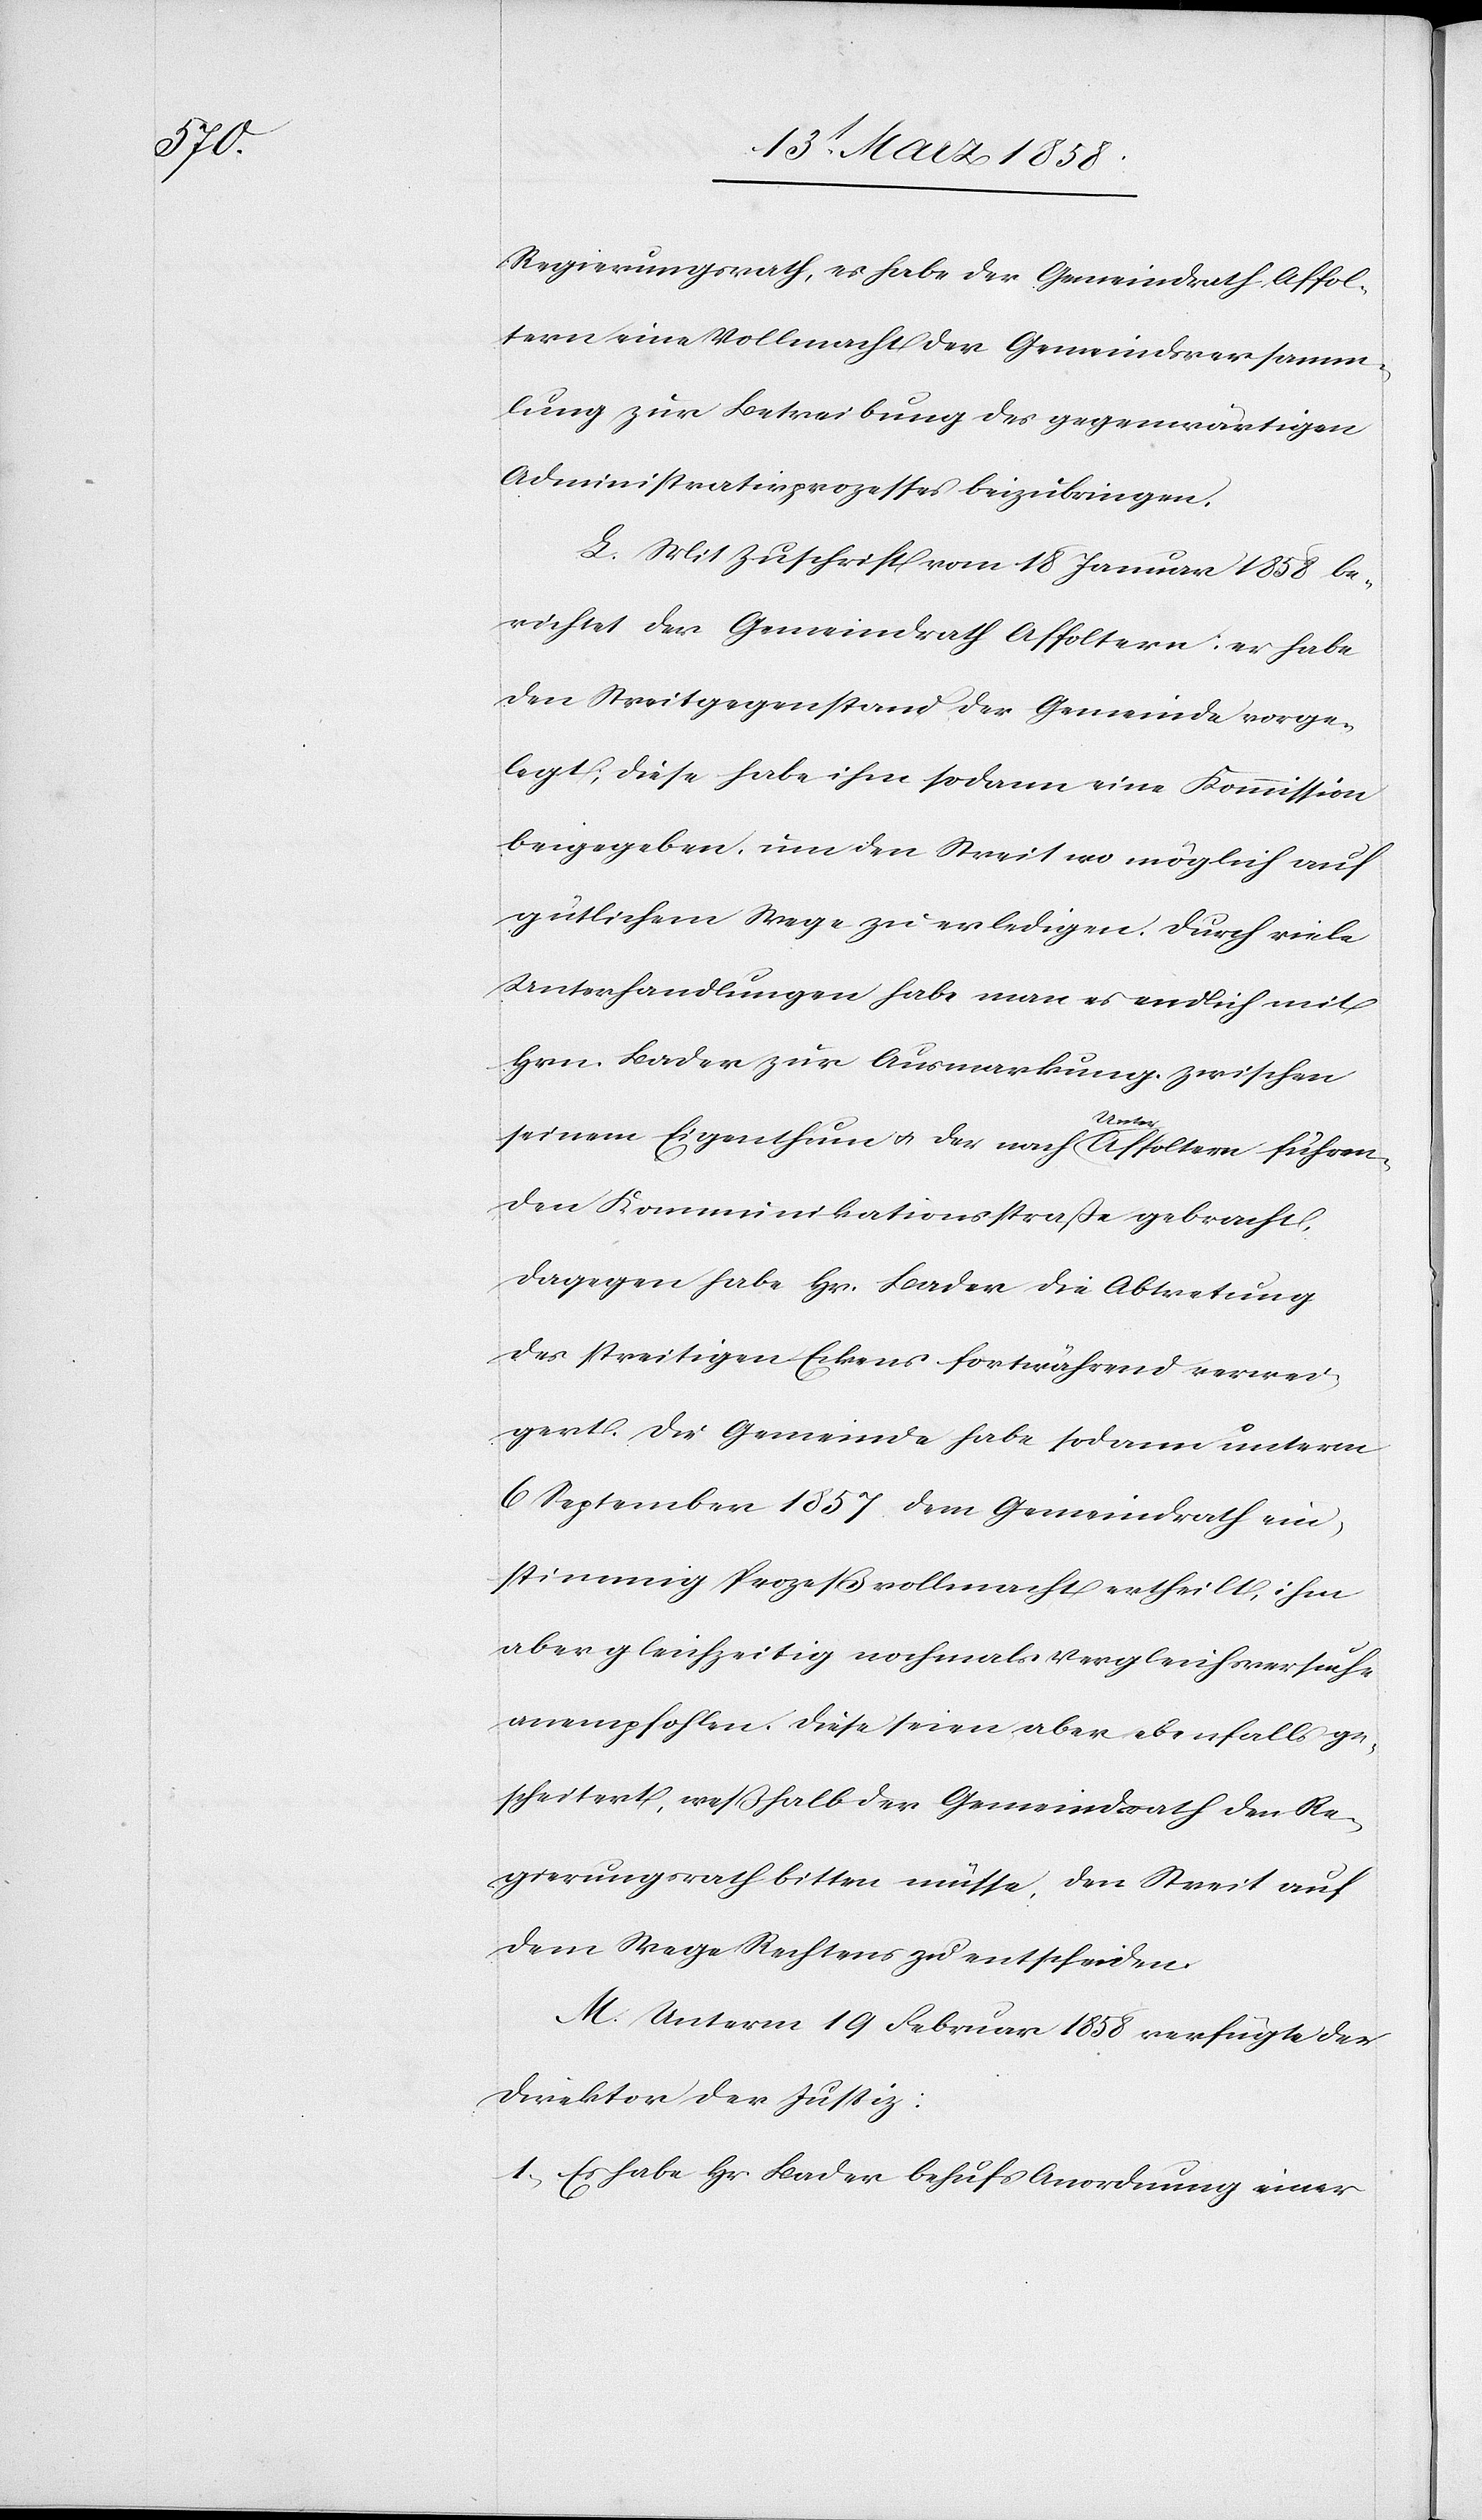
Regierungsrath, es habe der Gemeindrath Affol¬
tern eine Vollmacht der Gemeindsversamm¬
lung zur Betreibung des gegenwärtigen
Administrativprozesses beizubringen.
L. Mit Zuschrift vom 18. Januar 1858 be¬
richtet der Gemeindrath Affoltern: er habe
den Streitgegenstand der Gemeinde vorge¬
legt, diese habe ihm sodann eine Kommission
beigegeben, um den Streit wo möglich auf
gütlichem Wege zu erledigen. Durch viele
Unterhandlungen habe man es endlich mit
Hrn. Bader zur Ausmarkung zwischen
seinem Eigenthum u. der nach Unter-Affoltern führen¬
den Kommunikationsstraße gebracht.
Dagegen habe Hr. Bader die Abtretung
des streitigen Eckens fortwährend verwei¬
gert. Die Gemeinde habe sodann unterm
6. September 1857 dem Gemeindrath ein¬
stimmig Prozeßvollmacht ertheilt, ihm
aber gleichzeitig nochmals Vergleichversuche
anempfohlen. Diese seien aber ebenfalls ge¬
scheitert, weßhalb der Gemeindrath den Re¬
gierungsrath bitten müsse, den Streit auf
dem Wege Rechtens zu entscheiden.
M. Unterm 19. Februar 1858 verfügte der
Direktor der Justiz:
1. Es habe Hr. Bader behufs Anordnung einer